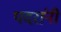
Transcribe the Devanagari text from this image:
पदरांनी